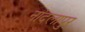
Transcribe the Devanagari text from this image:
नांदलापुर